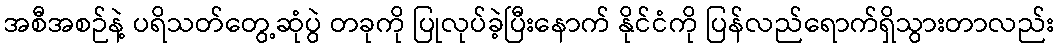
အစီအစဉ်နဲ့ ပရိသတ်တွေ့ဆုံပွဲ တခုကို ပြုလုပ်ခဲ့ပြီးနောက် နိုင်ငံကို ပြန်လည်ရောက်ရှိသွားတာလည်း